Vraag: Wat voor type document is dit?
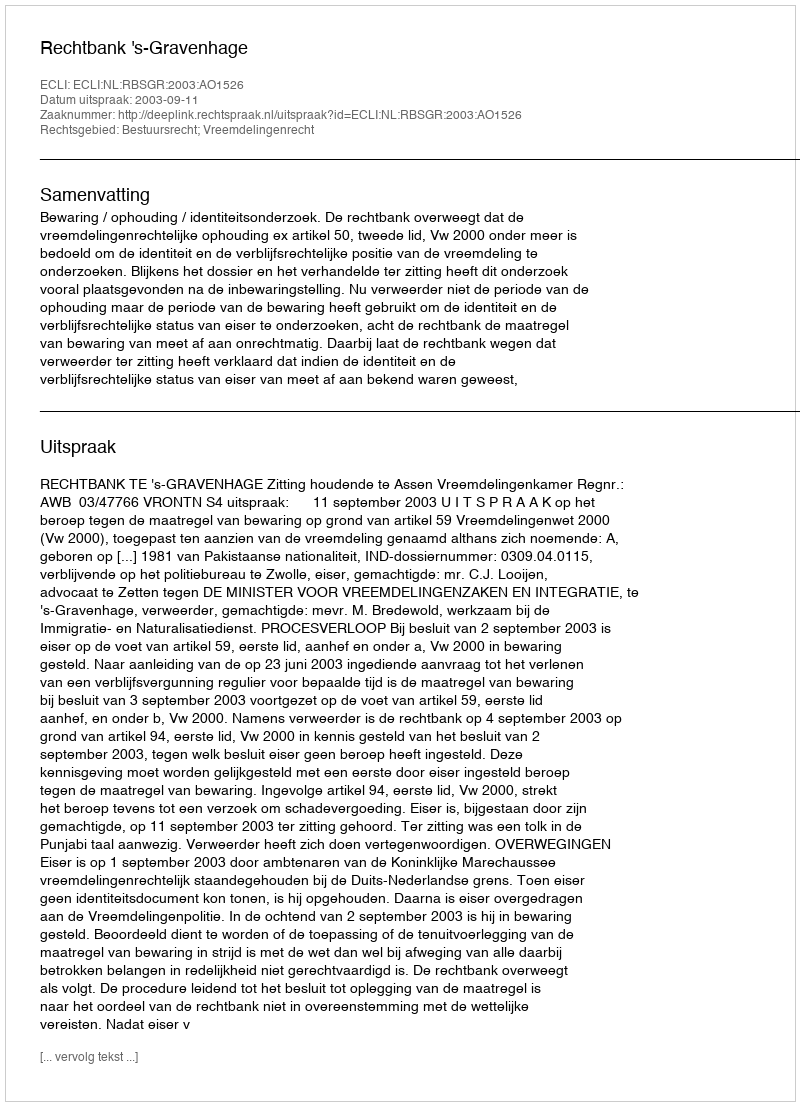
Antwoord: Uitspraak